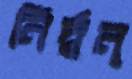
নির্দ্বন্